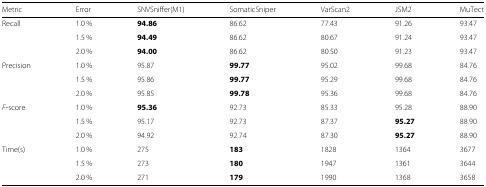
| Metric | Error | SNVSniffer(M1) | SomaticSniper | VarScan2 | JSM2 | MuTect |
 | --- | --- | --- | --- | --- | --- | --- |
 | Recall | 1.0 % | 94.86 | 86.62 | 77.43 | 91.26 | 93.47 |
 |  | 1.5 % | 94.49 | 86.62 | 80.67 | 91.24 | 93.47 |
 |  | 2.0 % | 94.00 | 86.62 | 80.50 | 91.23 | 93.47 |
 | Precision | 1.0 % | 95.87 | 99.77 | 95.02 | 99.68 | 84.76 |
 |  | 1.5 % | 95.86 | 99.77 | 95.29 | 99.68 | 84.76 |
 |  | 2.0 % | 95.85 | 99.78 | 95.36 | 99.68 | 84.76 |
 | F-score | 1.0 % | 95.36 | 92.73 | 85.33 | 95.28 | 88.90 |
 |  | 1.5 % | 95.17 | 92.73 | 87.37 | 95.27 | 88.90 |
 |  | 2.0 % | 94.92 | 92.74 | 87.30 | 95.27 | 88.90 |
 | Time(s) | 1.0 % | 275 | 183 | 1828 | 1364 | 3677 |
 |  | 1.5 % | 273 | 180 | 1947 | 1361 | 3644 |
 |  | 2.0 % | 271 | 179 | 1990 | 1368 | 3658 |